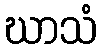
ဃာသံ